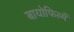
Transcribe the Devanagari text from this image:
बायोफिल्में